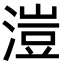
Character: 溰